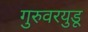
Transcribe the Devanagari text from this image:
गुरुवरयुडू